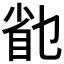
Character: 𰥟